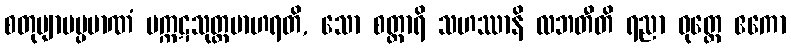
စတုဗျာမပ္ပမာဏံ မက္ကဋသုတ္တမာဟရတိ, သော စတ္တာရိ သဟဿာနိ လဘတီတိ ရညာ ဝုတ္တေ ဧကော